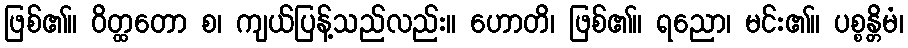
ဖြစ်၏။ ဝိတ္ထတော စ၊ ကျယ်ပြန့်သည်လည်း။ ဟောတိ၊ ဖြစ်၏။ ရညော၊ မင်း၏။ ပစ္စန္တိမံ၊